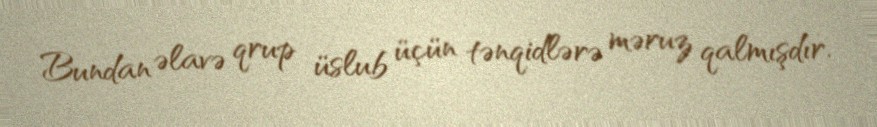
Bundan əlavə qrup üslub üçün tənqidlərə məruz qalmışdır.